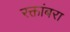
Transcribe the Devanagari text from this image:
रक्तांबरा